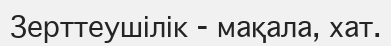
Зерттеушілік - мақала, хат.